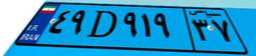
۳۳D۰۴۲۲۶